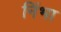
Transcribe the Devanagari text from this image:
निंभा